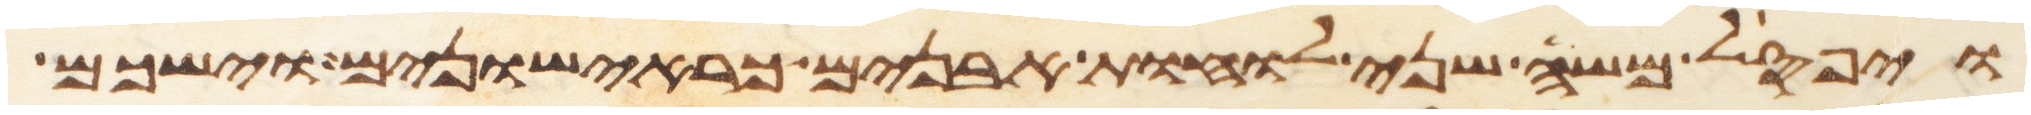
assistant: ויפסל משה שני לוחת אבנים כראישונים וישכם